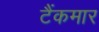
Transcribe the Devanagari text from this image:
टैंकमार